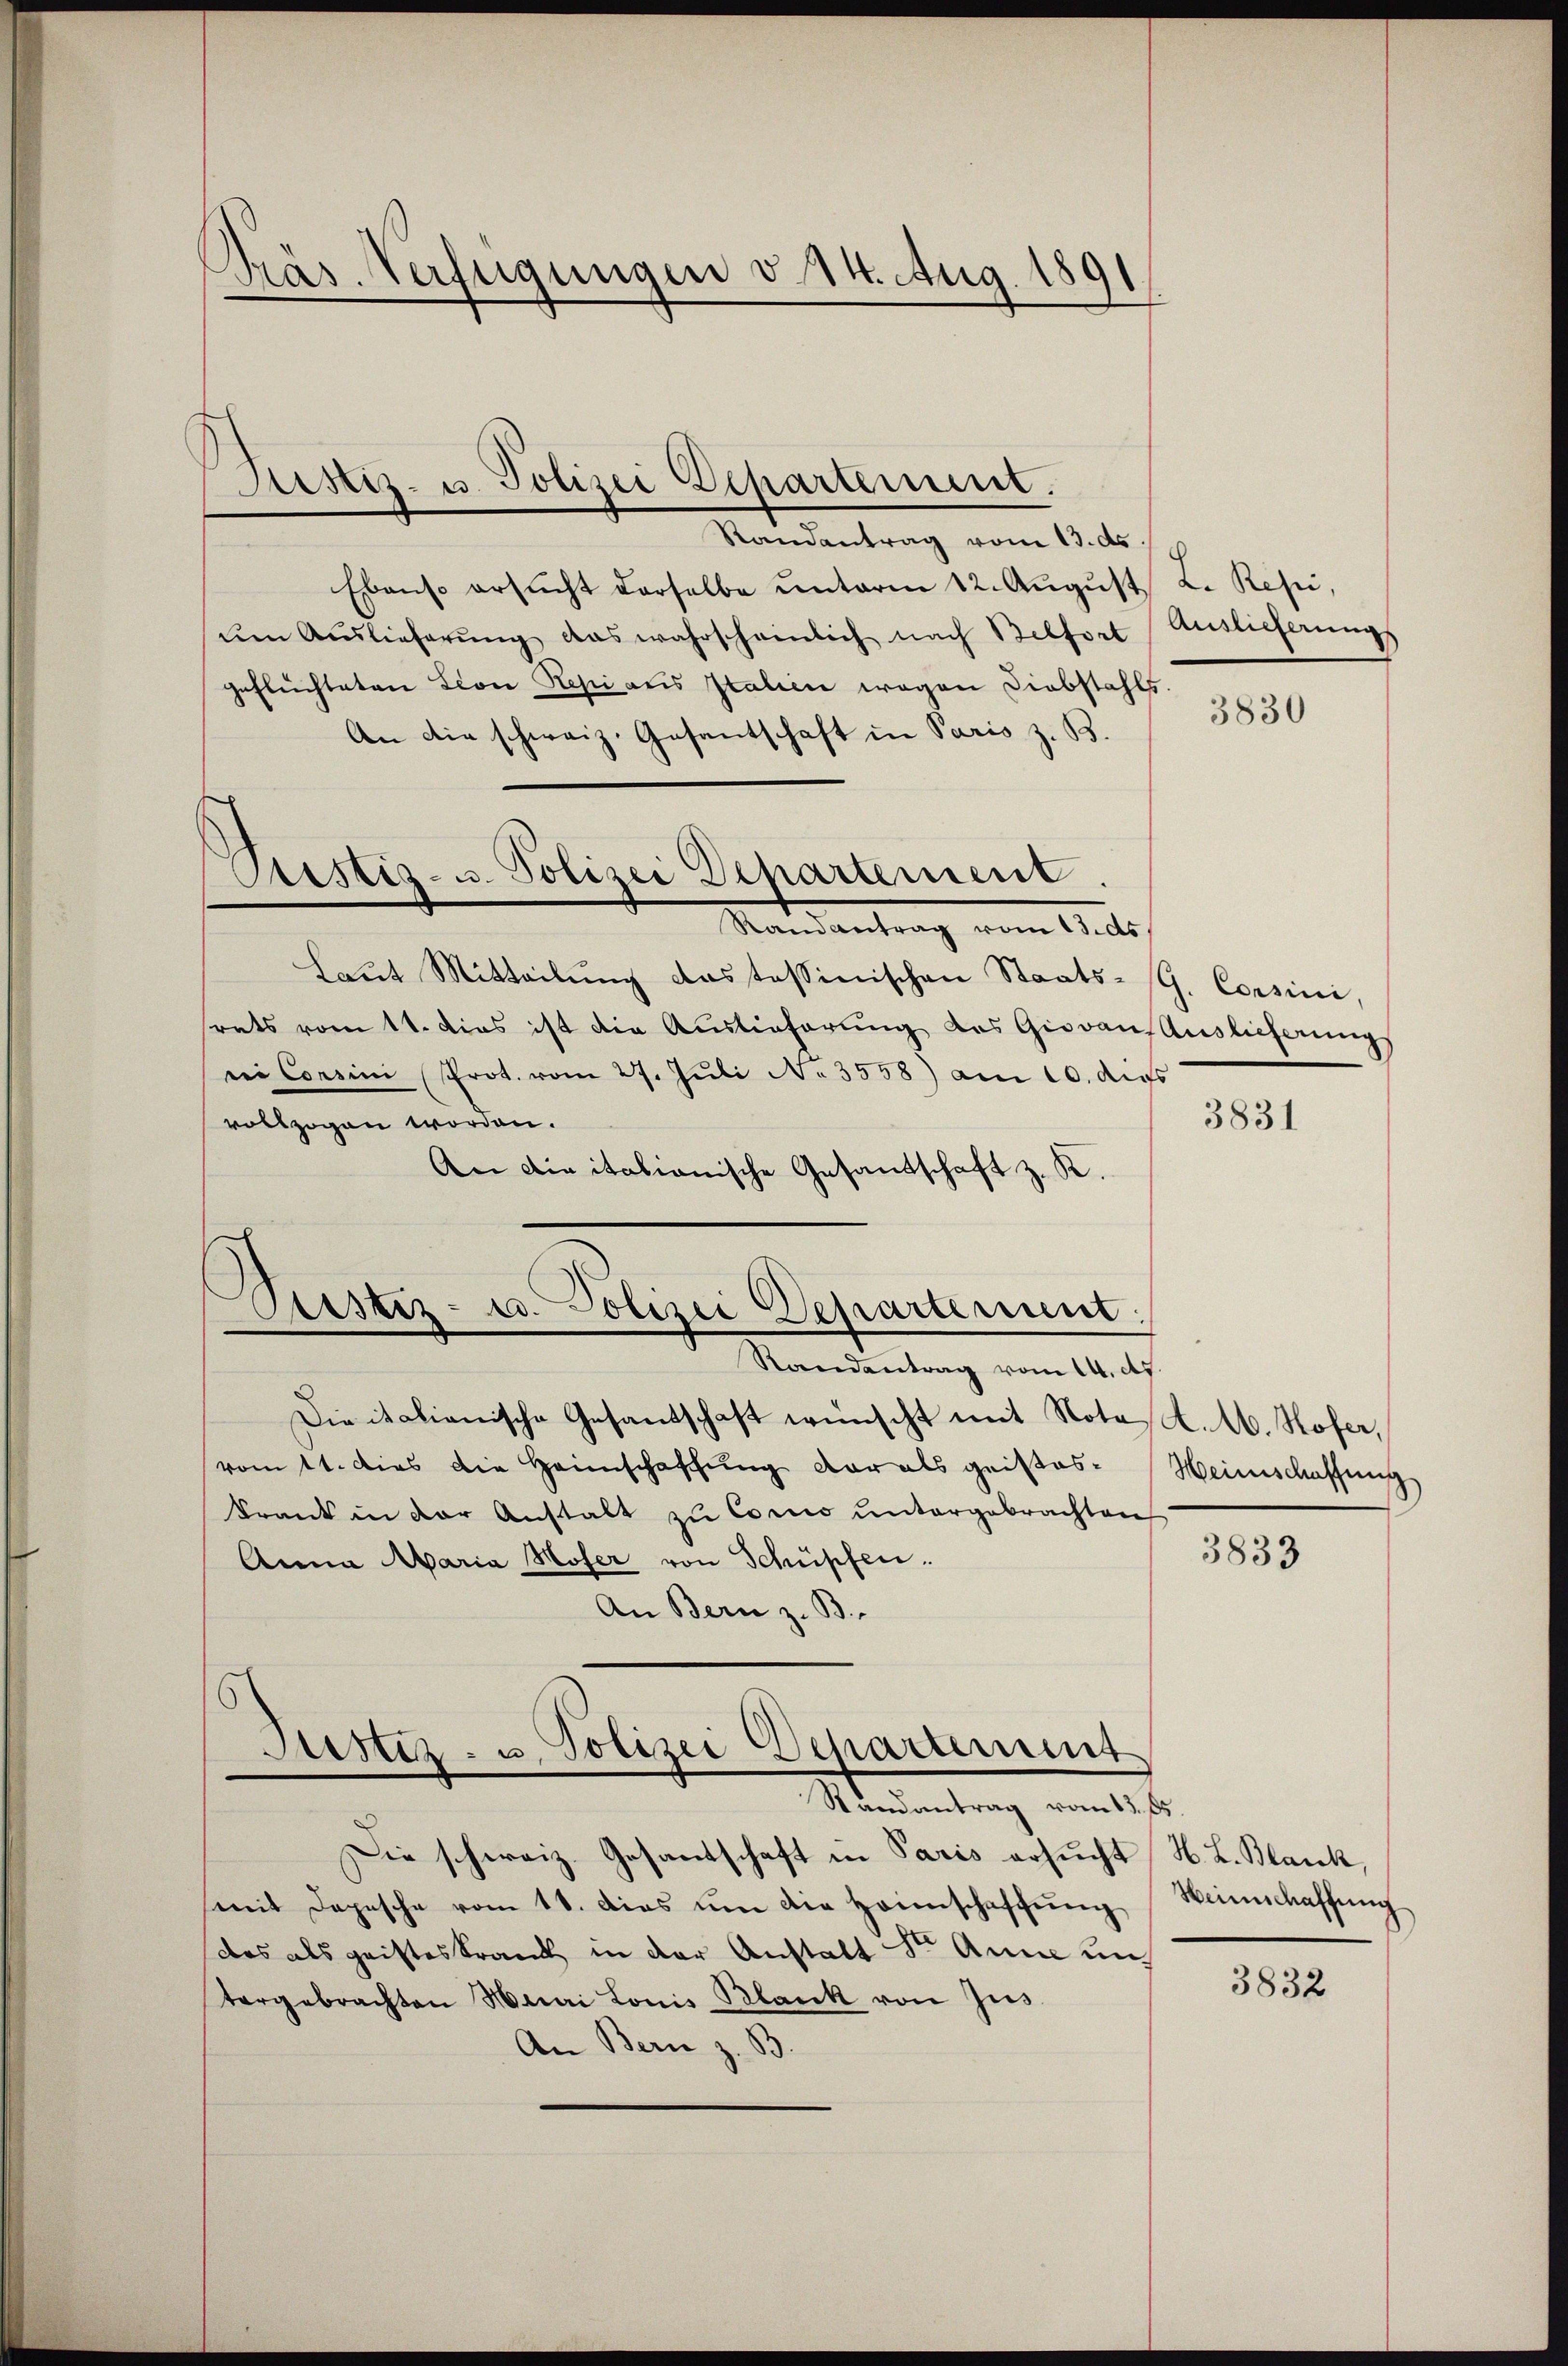
Präs. Verfügungen v. 14. Aug. 1891

Randantrag vom 13. ds.
Ebenso ersucht derselbe unterm 12. August L. Repi,
ŭm Aŭslieferŭng das wahrscheinlich nach Belfort Auslieferŭngs
geflüchteten Leon Resi aus Italicie wegen Diebstahls.
An die schweiz. Gesantschaft in Paris z. B.
Mandantrag vom 11. r.
Laŭt Mitteilŭng das tessinischen Staats-G. Consini,
srats vom 11. dies ist die Auslieferung des Giovans Auslieferungs
rei Corrini Prot. vom 27. Juli N. 3558) am 10. dies
vollzogen worden.
An die italionische Gesandschaft z. R.
Randantrag vom 14. Ap
Die italienische Gesandschaft wünscht mit Notest. A. Hofer,
vomtt. dies die Heimschaffung der als geistes-Weinschaffung
Frank in der Anstalt zŭ Cocio ŭntergebrachten
3833
Anna Maria Hofer von Schüpfen.
An Bern z. B.
Justiz- u. Polizei Departement
Stundantrag vom 13. ds.
Die schweiz. Gesandschaft in Paris ersucht H. L. Blank,
mit dopesche vom 18. das ŭm die Heimschaffŭng Weinschaffŭng
das als geisteskrank in der Anstalt St. Anna un
3832
tergebrachten Muri Louis Blank von Zŭs
An Bern z. B.

Justiz- u. Polizei Departement.

)
Aristiz- u. Polizei Departement

d
Astiz- u. Polizei Departerunt

3830

3831